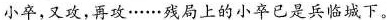
小卒,又攻,再攻……残局上的小卒已是兵临城下。